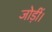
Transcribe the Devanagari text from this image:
जोड़ीं।